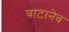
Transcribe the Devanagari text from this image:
वाटानेब